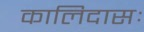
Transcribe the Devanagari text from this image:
कालिदासः